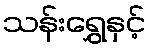
သန်းရွှေနှင့်